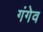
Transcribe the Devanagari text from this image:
गंगेव